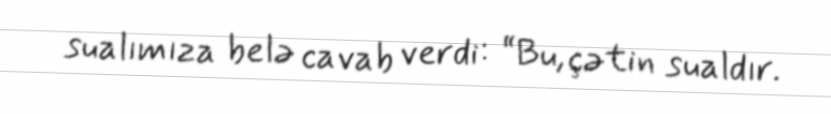
sualımıza belə cavab verdi: “Bu, çətin sualdır.